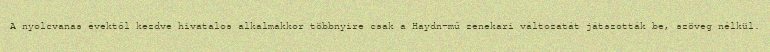
A nyolcvanas évektől kezdve hivatalos alkalmakkor többnyire csak a Haydn-mű zenekari változatát játszották be, szöveg nélkül.